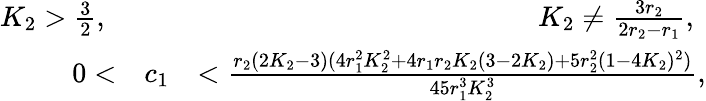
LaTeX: \begin{array}{rlr}{K_{2}>\frac{3}{2}\mathrm{,~}}&{}&{K_{2}\neq\frac{3r_{2}}{2r_{2}-r_{1}}\mathrm{,~}}\\ {0<}&{c_{1}}&{<\frac{r_{2}(2K_{2}-3)(4r_{1}^{2}K_{2}^{2}+4r_{1}r_{2}K_{2}(3-2K_{2})+5r_{2}^{2}(1-4K_{2})^{2})}{45r_{1}^{3}K_{2}^{3}},}\end{array}